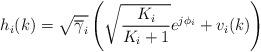
LaTeX: \begin{align*}h_{i}(k) = \sqrt{\overline{\gamma}_{i}}\left(\sqrt{\frac{K_{i}}{K_{i}+1}} e^{j \phi_{i}} + v_{i}(k)\right)\end{align*}